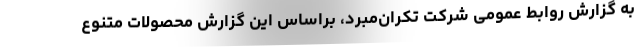
به گزارش روابط عمومی شرکت تکران‌مبرد، براساس این گزارش محصولات متنوع